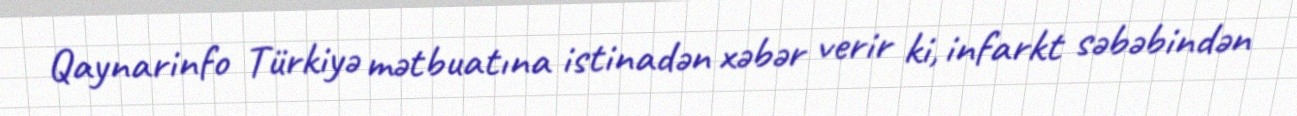
Qaynarinfo Türkiyə mətbuatına istinadən xəbər verir ki, infarkt səbəbindən